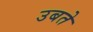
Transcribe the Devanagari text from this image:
उबते